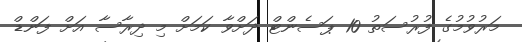
މަރުވުމުގެ ފުރުސަތު 10 ޕަސެންޓް ދަށްވާ ކަމަށް މި ދިރާސާ އަށް ފަންޑް